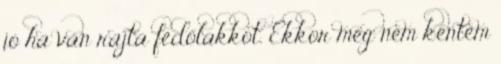
jó ha van rajta fedőlakkot. Ekkor még nem kentem